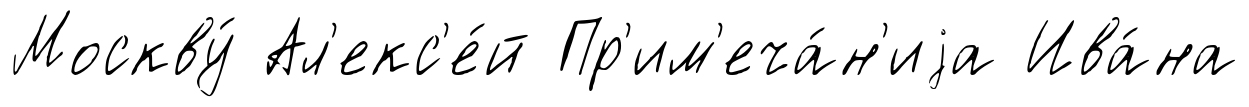
Москву́ Ал'екс'е́й Пр'им'еча́н'иjа Ива́на